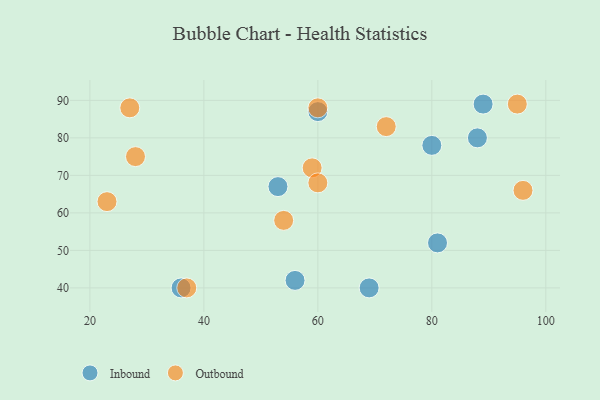
{"axis": {"x": "GDP", "y": "Life Expectancy"}, "legend": ["Inbound", "Outbound"], "data": [{"x": "81", "y": 52, "type": "Inbound"}, {"x": "60", "y": 87, "type": "Inbound"}, {"x": "69", "y": 40, "type": "Inbound"}, {"x": "36", "y": 40, "type": "Inbound"}, {"x": "56", "y": 42, "type": "Inbound"}, {"x": "53", "y": 67, "type": "Inbound"}, {"x": "88", "y": 80, "type": "Inbound"}, {"x": "89", "y": 89, "type": "Inbound"}, {"x": "80", "y": 78, "type": "Inbound"}, {"x": "59", "y": 72, "type": "Outbound"}, {"x": "28", "y": 75, "type": "Outbound"}, {"x": "37", "y": 40, "type": "Outbound"}, {"x": "95", "y": 89, "type": "Outbound"}, {"x": "60", "y": 88, "type": "Outbound"}, {"x": "54", "y": 58, "type": "Outbound"}, {"x": "27", "y": 88, "type": "Outbound"}, {"x": "60", "y": 68, "type": "Outbound"}, {"x": "96", "y": 66, "type": "Outbound"}, {"x": "72", "y": 83, "type": "Outbound"}, {"x": "23", "y": 63, "type": "Outbound"}]}